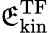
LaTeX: \mathfrak{E}_{\mathrm{{kin}}}^{\mathrm{{TF}}}